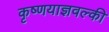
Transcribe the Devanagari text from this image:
कृष्णयाज्ञवल्की